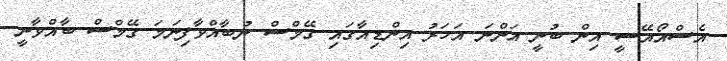
އެސްއޯއޭސީ އިން ބުނީ އަންނަ އަހަރު އިންޑިއާގައި ގޭމްސް ނުބާއްވާފިނަމަ ގޭމްސް ބާއްވާނީ